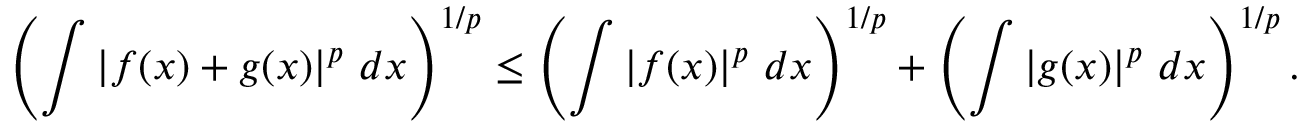
\left( \int \left| f ( x ) + g ( x ) \right| ^ { p } \, d x \right) ^ { 1 / p } \leq \left( \int \left| f ( x ) \right| ^ { p } \, d x \right) ^ { 1 / p } + \left( \int \left| g ( x ) \right| ^ { p } \, d x \right) ^ { 1 / p } .